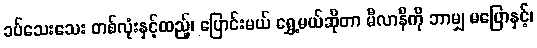
ခပ်သေးသေး တစ်လုံးနှင့်ထည့်၊ ပြောင်းမယ် ရွှေ့မယ်ဆိုတာ မီလာနီကို ဘာမျှ မပြောနှင့်၊